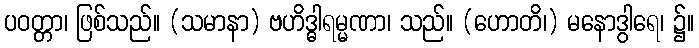
ပဝတ္တာ၊ ဖြစ်သည်။ (သမာနာ) ဗဟိဒ္ဓါရမ္မဏာ၊ သည်။ (ဟောတိ၊) မနောဒွါရေ၊ ၌။